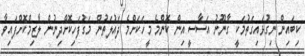
ކިބައިން ނިގުޅައިގަތުމަކީ ގާނޫނު އަސާސީ އިން ކޮންމެ މީހަކަށްމެ ދައުލަތުން މަގުފަހިކޮށްދިނުން ލާޒިމްކޮށްފައިވާ